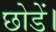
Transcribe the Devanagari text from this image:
छोडें।